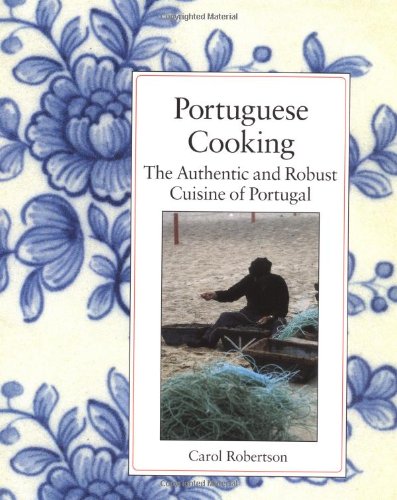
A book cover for Portuguese Cooking: The Authentic and Robust Cuisine of Portugal; Carol Robertson; Travel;